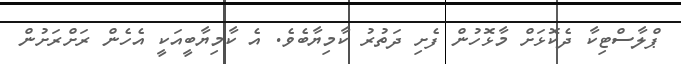
ޕްލާސްޓިކާ ދެކޮޅަށް މާޅޮހުން ފެށި ދަތުރު ކާމިިޔާބެވެ. އެ ކާމިޔާބީއަކީ އެހެން ރަށްރަށުން